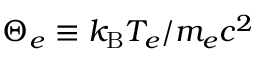
\Theta _ { e } \equiv k _ { \mathrm { B } } T _ { e } / m _ { e } c ^ { 2 }